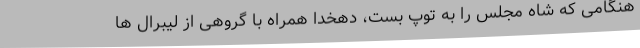
هنگامی که شاه مجلس را به توپ بست، دهخدا همراه با گروهی از لیبرال ها